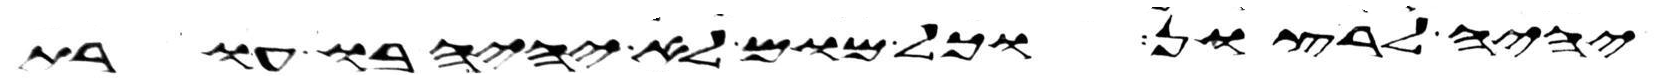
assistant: יהיה לרצון וכל מום לא יהיה בו עורת